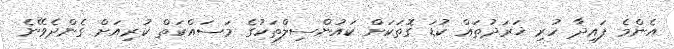
އެންމެ ފައިދާ ހުރި ޚަރަދުތައް ކުޑަ ގޮތަކަށް ކައުންސިލްތަކުގެ މަސައްކަތް ކުރިއަށް ގެންދެވޭނެ